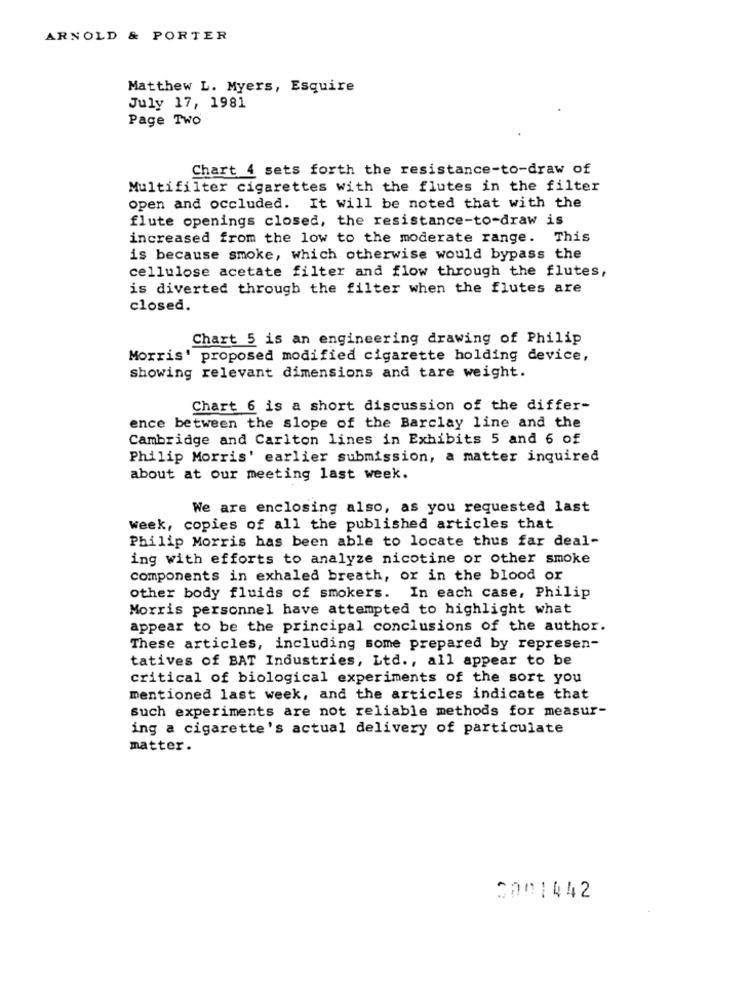
ARNOLD & PORTER
Matthew L. Myers, Esquire
July 17, 1981
Page Two
Chart 4 sets forth the resistance-to-draw of
Multifilter cigarettes with the flutes in the filter
open and occluded. It will be noted that with the
flute openings closed, the resistance-to-draw is
increased from the low to the moderate range. This
is because smoke, which otherwise would bypass the
cellulose acetate filter and flow through the flutes,
is diverted through the filter when the flutes are
closed.
Chart 5 is an engineering drawing of Philip
Morris' proposed modified cigarette holding device,
showing relevant dimensions and tare weight.
Chart 6 is a short discussion of the differ-
ence between the slope of the Barclay line and the
Cambridge and Carlton lines in Exhibits 5 and 6 of
Philip Morris' earlier submission, a matter inquired
about at our meeting last week.
We are enclosing also, as you requested last
week, copies of all the published articles that
Philip Morris has been able to locate thus far deal-
ing with efforts to analyze nicotine or other smoke
components in exhaled breath, or in the blood or
other body fluids of smokers. In each case, Philip
Morris personnel have attempted to highlight what
appear to be the principal conclusions of the author.
These articles, including some prepared by represen-
tatives of BAT Industries, Ltd ., all appear to be
critical of biological experiments of the sort you
mentioned last week, and the articles indicate that
such experiments are not reliable methods for measur-
ing a cigarette's actual delivery of particulate
matter.
0001442